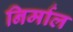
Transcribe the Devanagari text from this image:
निर्माल